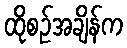
ထိုစဉ်အချိန်က